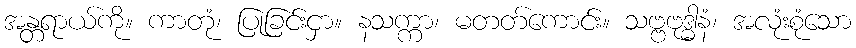
အန္တရာယ်ကို။ ကာတုံ၊ ပြုခြင်းငှာ။ နသက္ကာ၊ မတတ်ကောင်း။ သဗ္ဗဗုဒ္ဓါနံ၊ အလုံးစုံသော